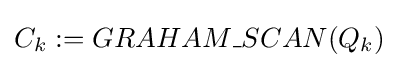
C_{k}:=GRAHAM\_SCAN(Q_{k})